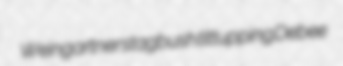
Weingartner stagbush tittupping Debee